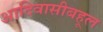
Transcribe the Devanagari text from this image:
आदिवासीबहूल